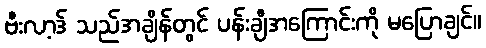
ဗီးလာ့ဒ် သည်အချိန်တွင် ပန်းချီအကြောင်းကို မပြောချင်။